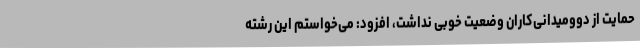
حمایت از دوومیدانی‌کاران وضعیت خوبی نداشت، افزود: می‌خواستم این رشته